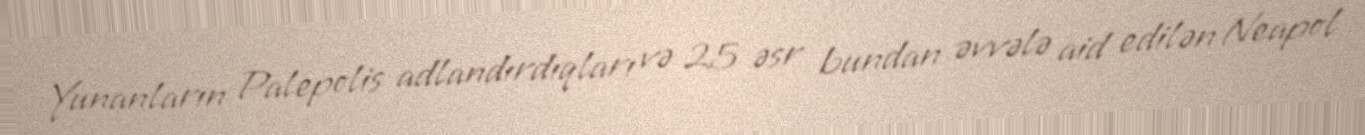
Yunanların Palepolis adlandırdıqları və 25 əsr bundan əvvələ aid edilən Neapol